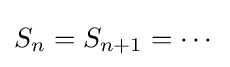
S_{n}=S_{n+1}=\cdots